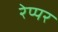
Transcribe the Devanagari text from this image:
रेप्पर